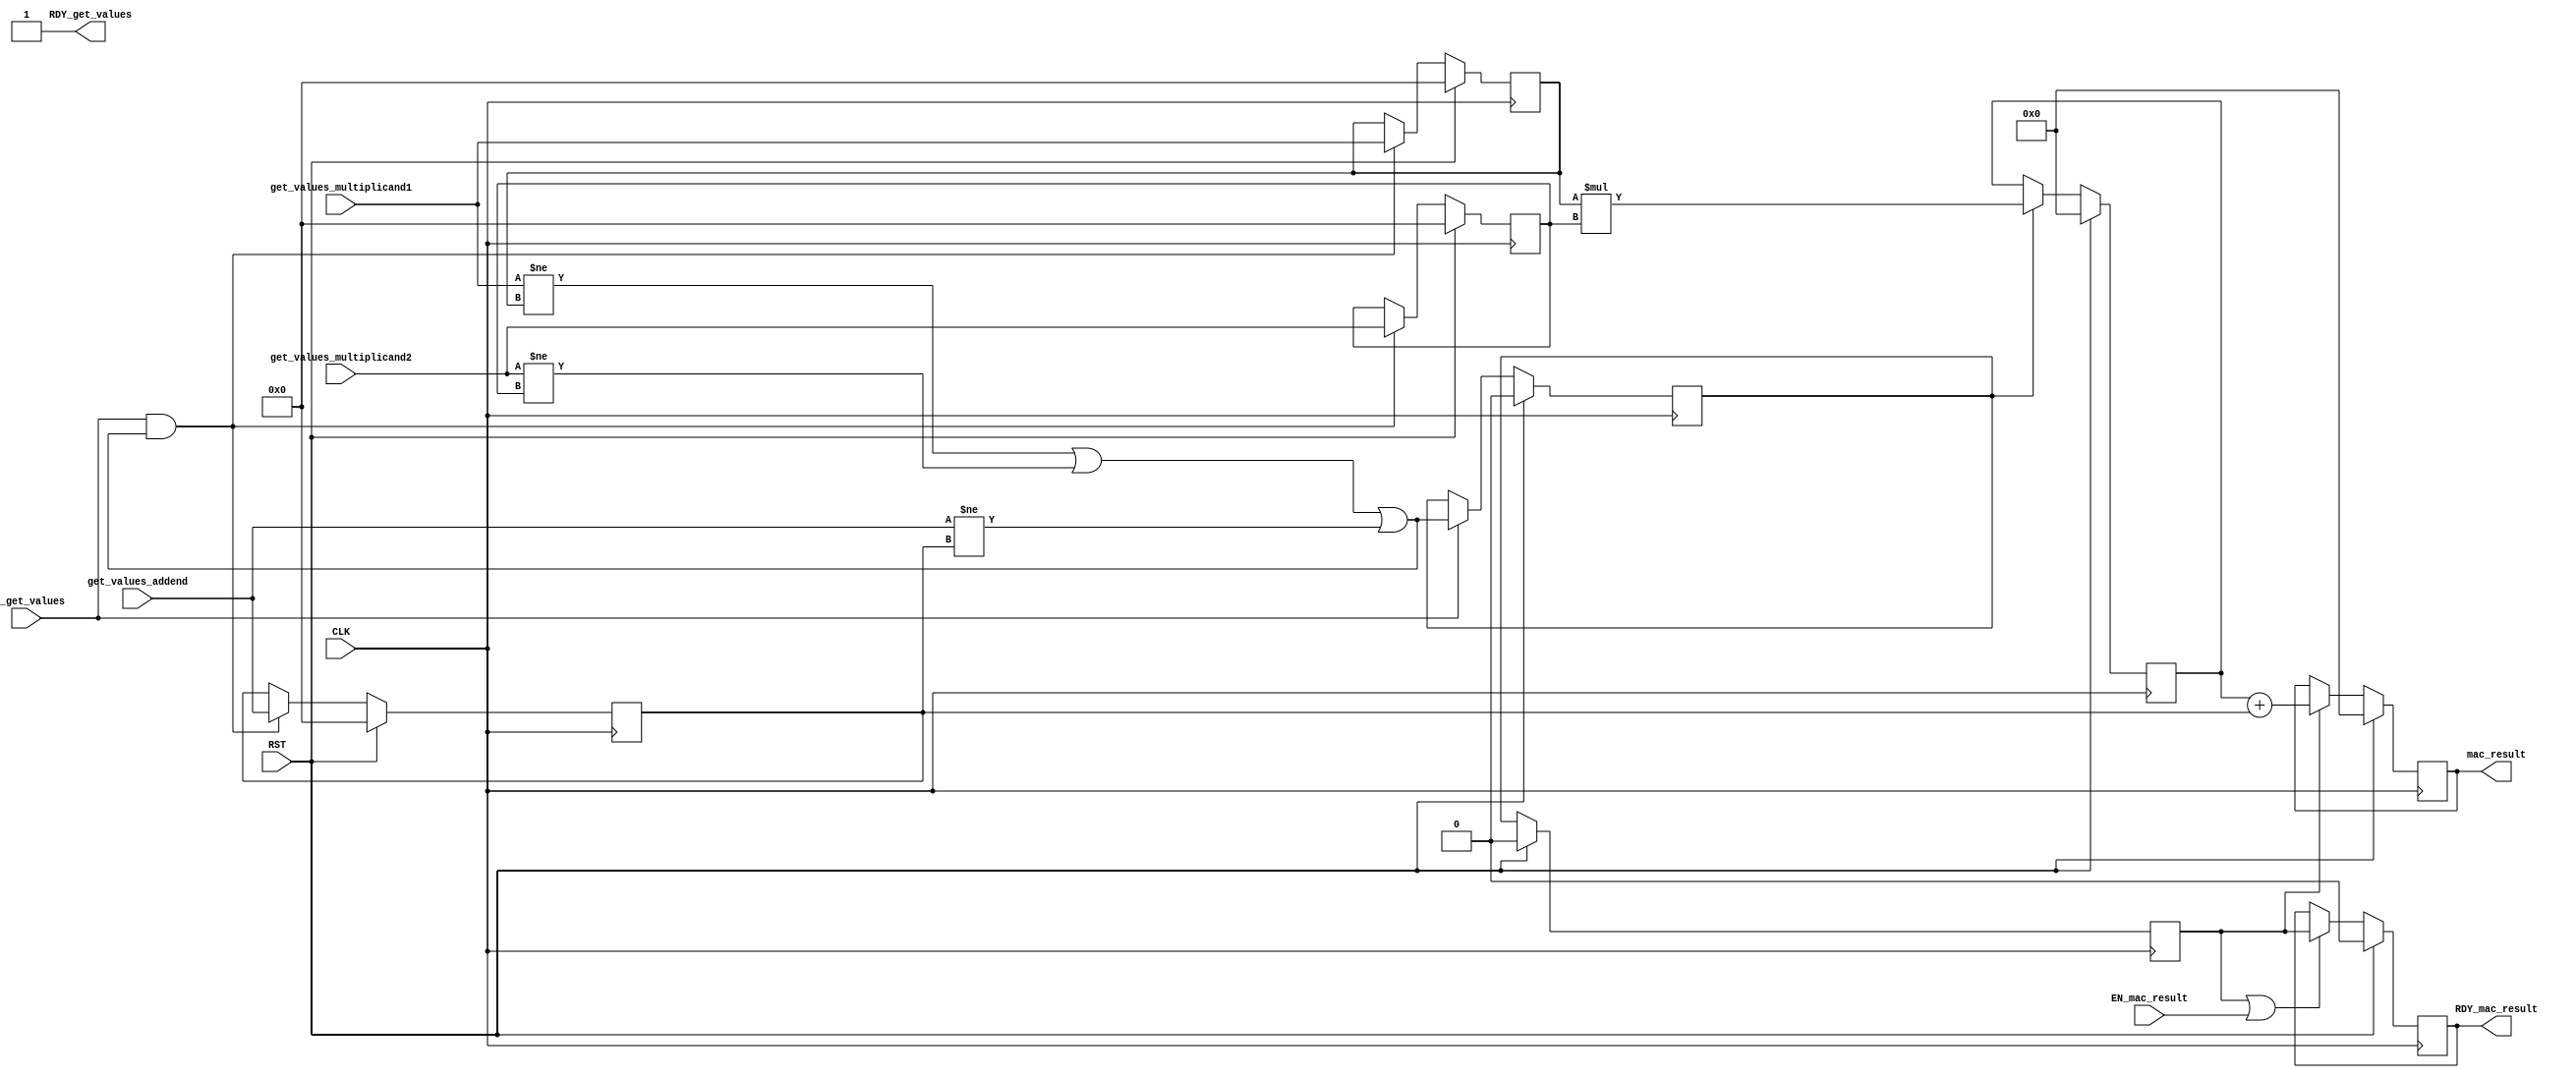
module mkmac322p(CLK,
		 RST,

		 get_values_multiplicand1,
		 get_values_multiplicand2,
		 get_values_addend,
		 EN_get_values,
		 RDY_get_values,

		 EN_mac_result,
		 mac_result,
		 RDY_mac_result);
  input  CLK;
  input  RST;

  // action method get_values
  input  [31 : 0] get_values_multiplicand1;
  input  [31 : 0] get_values_multiplicand2;
  input  [31 : 0] get_values_addend;
  input  EN_get_values;
  output RDY_get_values;

  // actionvalue method mac_result
  input  EN_mac_result;
  output [63 : 0] mac_result;
  output RDY_mac_result;

  // signals for module outputs
  wire [63 : 0] mac_result;
  wire RDY_get_values, RDY_mac_result;

  // register a
  reg [31 : 0] a;
  wire [31 : 0] a$D_IN;
  wire a$EN;

  // register flag_0
  reg flag_0;
  wire flag_0$D_IN, flag_0$EN;

  // register flag_1
  reg flag_1;
  wire flag_1$D_IN, flag_1$EN;

  // register inp_ready
  reg inp_ready;
  wire inp_ready$D_IN, inp_ready$EN;

  // register m1
  reg [31 : 0] m1;
  wire [31 : 0] m1$D_IN;
  wire m1$EN;

  // register m2
  reg [31 : 0] m2;
  wire [31 : 0] m2$D_IN;
  wire m2$EN;

  // register mac_ready
  reg mac_ready;
  wire mac_ready$D_IN, mac_ready$EN;

  // register p
  reg [63 : 0] p;
  wire [63 : 0] p$D_IN;
  wire p$EN;

  // register resmac
  reg [63 : 0] resmac;
  wire [63 : 0] resmac$D_IN;
  wire resmac$EN;

  // rule scheduling signals
  wire CAN_FIRE_RL_mac,
       CAN_FIRE_get_values,
       CAN_FIRE_mac_result,
       WILL_FIRE_RL_mac,
       WILL_FIRE_get_values,
       WILL_FIRE_mac_result;

  // remaining internal signals
  wire [127 : 0] _0_CONCAT_m1_MUL_0_CONCAT_m2___d6;
  wire NOT_get_values_multiplicand1_EQ_m1_3_4_OR_NOT__ETC___d20;

  // action method get_values
  assign RDY_get_values = 1'd1 ;
  assign CAN_FIRE_get_values = 1'd1 ;
  assign WILL_FIRE_get_values = EN_get_values ;

  // actionvalue method mac_result
  assign mac_result = resmac ;
  assign RDY_mac_result = mac_ready ;
  assign CAN_FIRE_mac_result = mac_ready ;
  assign WILL_FIRE_mac_result = EN_mac_result ;

  // rule RL_mac
  assign CAN_FIRE_RL_mac = 1'd1 ;
  assign WILL_FIRE_RL_mac = 1'd1 ;

  // register a
  assign a$D_IN = get_values_addend ;
  assign a$EN =
	     EN_get_values &&
	     NOT_get_values_multiplicand1_EQ_m1_3_4_OR_NOT__ETC___d20 ;

  // register flag_0
  assign flag_0$D_IN = inp_ready ;
  assign flag_0$EN = 1'd1 ;

  // register flag_1
  assign flag_1$D_IN = flag_0 ;
  assign flag_1$EN = 1'd1 ;

  // register inp_ready
  assign inp_ready$D_IN =
	     NOT_get_values_multiplicand1_EQ_m1_3_4_OR_NOT__ETC___d20 ;
  assign inp_ready$EN = EN_get_values ;

  // register m1
  assign m1$D_IN = get_values_multiplicand1 ;
  assign m1$EN =
	     EN_get_values &&
	     NOT_get_values_multiplicand1_EQ_m1_3_4_OR_NOT__ETC___d20 ;

  // register m2
  assign m2$D_IN = get_values_multiplicand2 ;
  assign m2$EN =
	     EN_get_values &&
	     NOT_get_values_multiplicand1_EQ_m1_3_4_OR_NOT__ETC___d20 ;

  // register mac_ready
  assign mac_ready$D_IN = flag_0 ;
  assign mac_ready$EN = flag_0 || EN_mac_result ;

  // register p
  assign p$D_IN = _0_CONCAT_m1_MUL_0_CONCAT_m2___d6[63:0] ;
  assign p$EN = inp_ready ;

  // register resmac
  assign resmac$D_IN = p + { 32'd0, a } ;
  assign resmac$EN = flag_0 ;

  // remaining internal signals
  assign NOT_get_values_multiplicand1_EQ_m1_3_4_OR_NOT__ETC___d20 =
	     get_values_multiplicand1 != m1 ||
	     get_values_multiplicand2 != m2 ||
	     get_values_addend != a ;
  assign _0_CONCAT_m1_MUL_0_CONCAT_m2___d6 = { 32'd0, m1 } * { 32'd0, m2 } ;

  // handling of inlined registers

  always@(posedge CLK)
  begin
    if (RST == 1)
      begin
        a <= 32'd0;
	flag_0 <= 1'd0;
	flag_1 <= 1'd0;
	inp_ready <= 1'd0;
	m1 <= 32'd0;
	m2 <= 32'd0;
	mac_ready <= 1'd0;
	p <= 64'd0;
	resmac <= 64'd0;
      end
    else
      begin
        if (a$EN) a <= a$D_IN;
	if (flag_0$EN) flag_0 <= flag_0$D_IN;
	if (flag_1$EN) flag_1 <= flag_1$D_IN;
	if (inp_ready$EN) inp_ready <= inp_ready$D_IN;
	if (m1$EN) m1 <= m1$D_IN;
	if (m2$EN) m2 <= m2$D_IN;
	if (mac_ready$EN) mac_ready <= mac_ready$D_IN;
	if (p$EN) p <= p$D_IN;
	if (resmac$EN) resmac <= resmac$D_IN;
      end
  end

  // synopsys translate_off
  `ifdef BSV_NO_INITIAL_BLOCKS
  `else // not BSV_NO_INITIAL_BLOCKS
  initial
  begin
    a = 32'hAAAAAAAA;
    flag_0 = 1'h0;
    flag_1 = 1'h0;
    inp_ready = 1'h0;
    m1 = 32'hAAAAAAAA;
    m2 = 32'hAAAAAAAA;
    mac_ready = 1'h0;
    p = 64'hAAAAAAAAAAAAAAAA;
    resmac = 64'hAAAAAAAAAAAAAAAA;
  end
  `endif // BSV_NO_INITIAL_BLOCKS
  // synopsys translate_on
endmodule  // mkmac322p